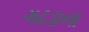
ગઢડાના